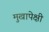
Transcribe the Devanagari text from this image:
मुखापेक्षी